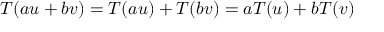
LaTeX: T ( a u + b v ) = T ( a u ) + T ( b v ) = a T ( u ) + b T ( v )